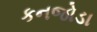
કનજોડા